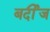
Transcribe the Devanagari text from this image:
बर्दीज